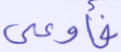
فأوعى